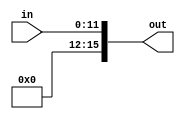
module zero_extend #(parameter N = 12)(
	input [N-1:0] in,
	output reg [15:0] out
	);
	
	reg [32:0] temp = 32'h00000000;
	
	always@(*) begin
		temp = {16'h0000, in};
		out = temp [15:0];
	end
	
endmodule